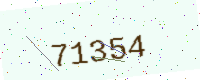
Text: 71354